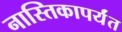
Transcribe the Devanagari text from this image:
नास्तिकापर्यंत